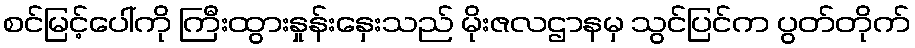
စင်မြင့်ပေါ်ကို ကြီးထွားနှုန်းနှေးသည် မိုးဇလဌာနမှ သွင်ပြင်က ပွတ်တိုက်